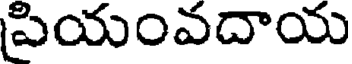
పియంవదాయ